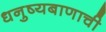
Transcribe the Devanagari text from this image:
धनुष्यबाणाची